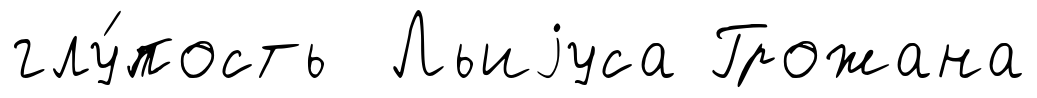
глу́пость Льиjуса Грожана